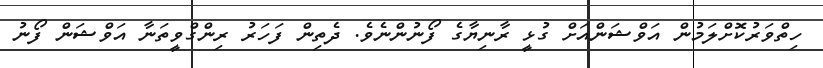
ހިތްވަރުކޮށްލަމުން އަވްޝަންއަށް ގުޅީ ރާނިޔާގެ ފޯނުންނެވެ. ދެތިން ފަހަރު ރިންގްވީތަނާ އަވްޝަން ފޯނު